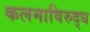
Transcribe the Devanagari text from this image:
कलमाविरुद्ध